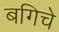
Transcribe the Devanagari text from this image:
बगिचे